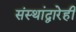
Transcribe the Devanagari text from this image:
संस्थांद्वारेही